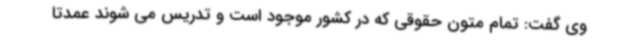
وی گفت: تمام متون حقوقی که در کشور موجود است و تدریس می شوند عمدتاً